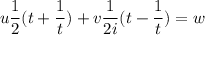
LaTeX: u { \frac { 1 } { 2 } } ( t + { \frac { 1 } { t } } ) + v { \frac { 1 } { 2 i } } ( t - { \frac { 1 } { t } } ) = w